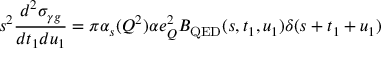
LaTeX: s ^ { 2 } \frac { d ^ { 2 } \sigma _ { \gamma g } } { d t _ { 1 } d u _ { 1 } } = \pi \alpha _ { s } ( Q ^ { 2 } ) \alpha e _ { Q } ^ { 2 } B _ { \mathrm { Q E D } } ( s , t _ { 1 } , u _ { 1 } ) \delta ( s + t _ { 1 } + u _ { 1 } )